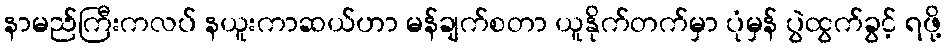
နာမည်ကြီးကလပ် နယူးကာဆယ်ဟာ မန်ချက်စတာ ယူနိုက်တက်မှာ ပုံမှန် ပွဲထွက်ခွင့် ရဖို့